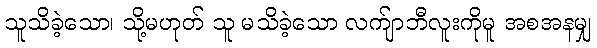
သူသိခဲ့သော၊ သို့မဟုတ် သူ မသိခဲ့သော လက်ျာဘီလူးကိုမူ အစအနမျှ